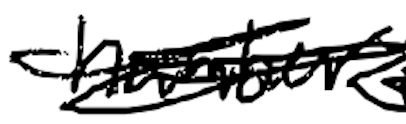
Text: number
Cross-out: scratch
Writing tool: digital_black